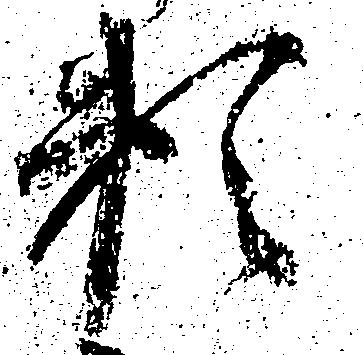
頼